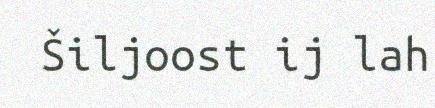
Šiljoost ij lah